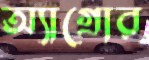
অ্যাগ্রোর